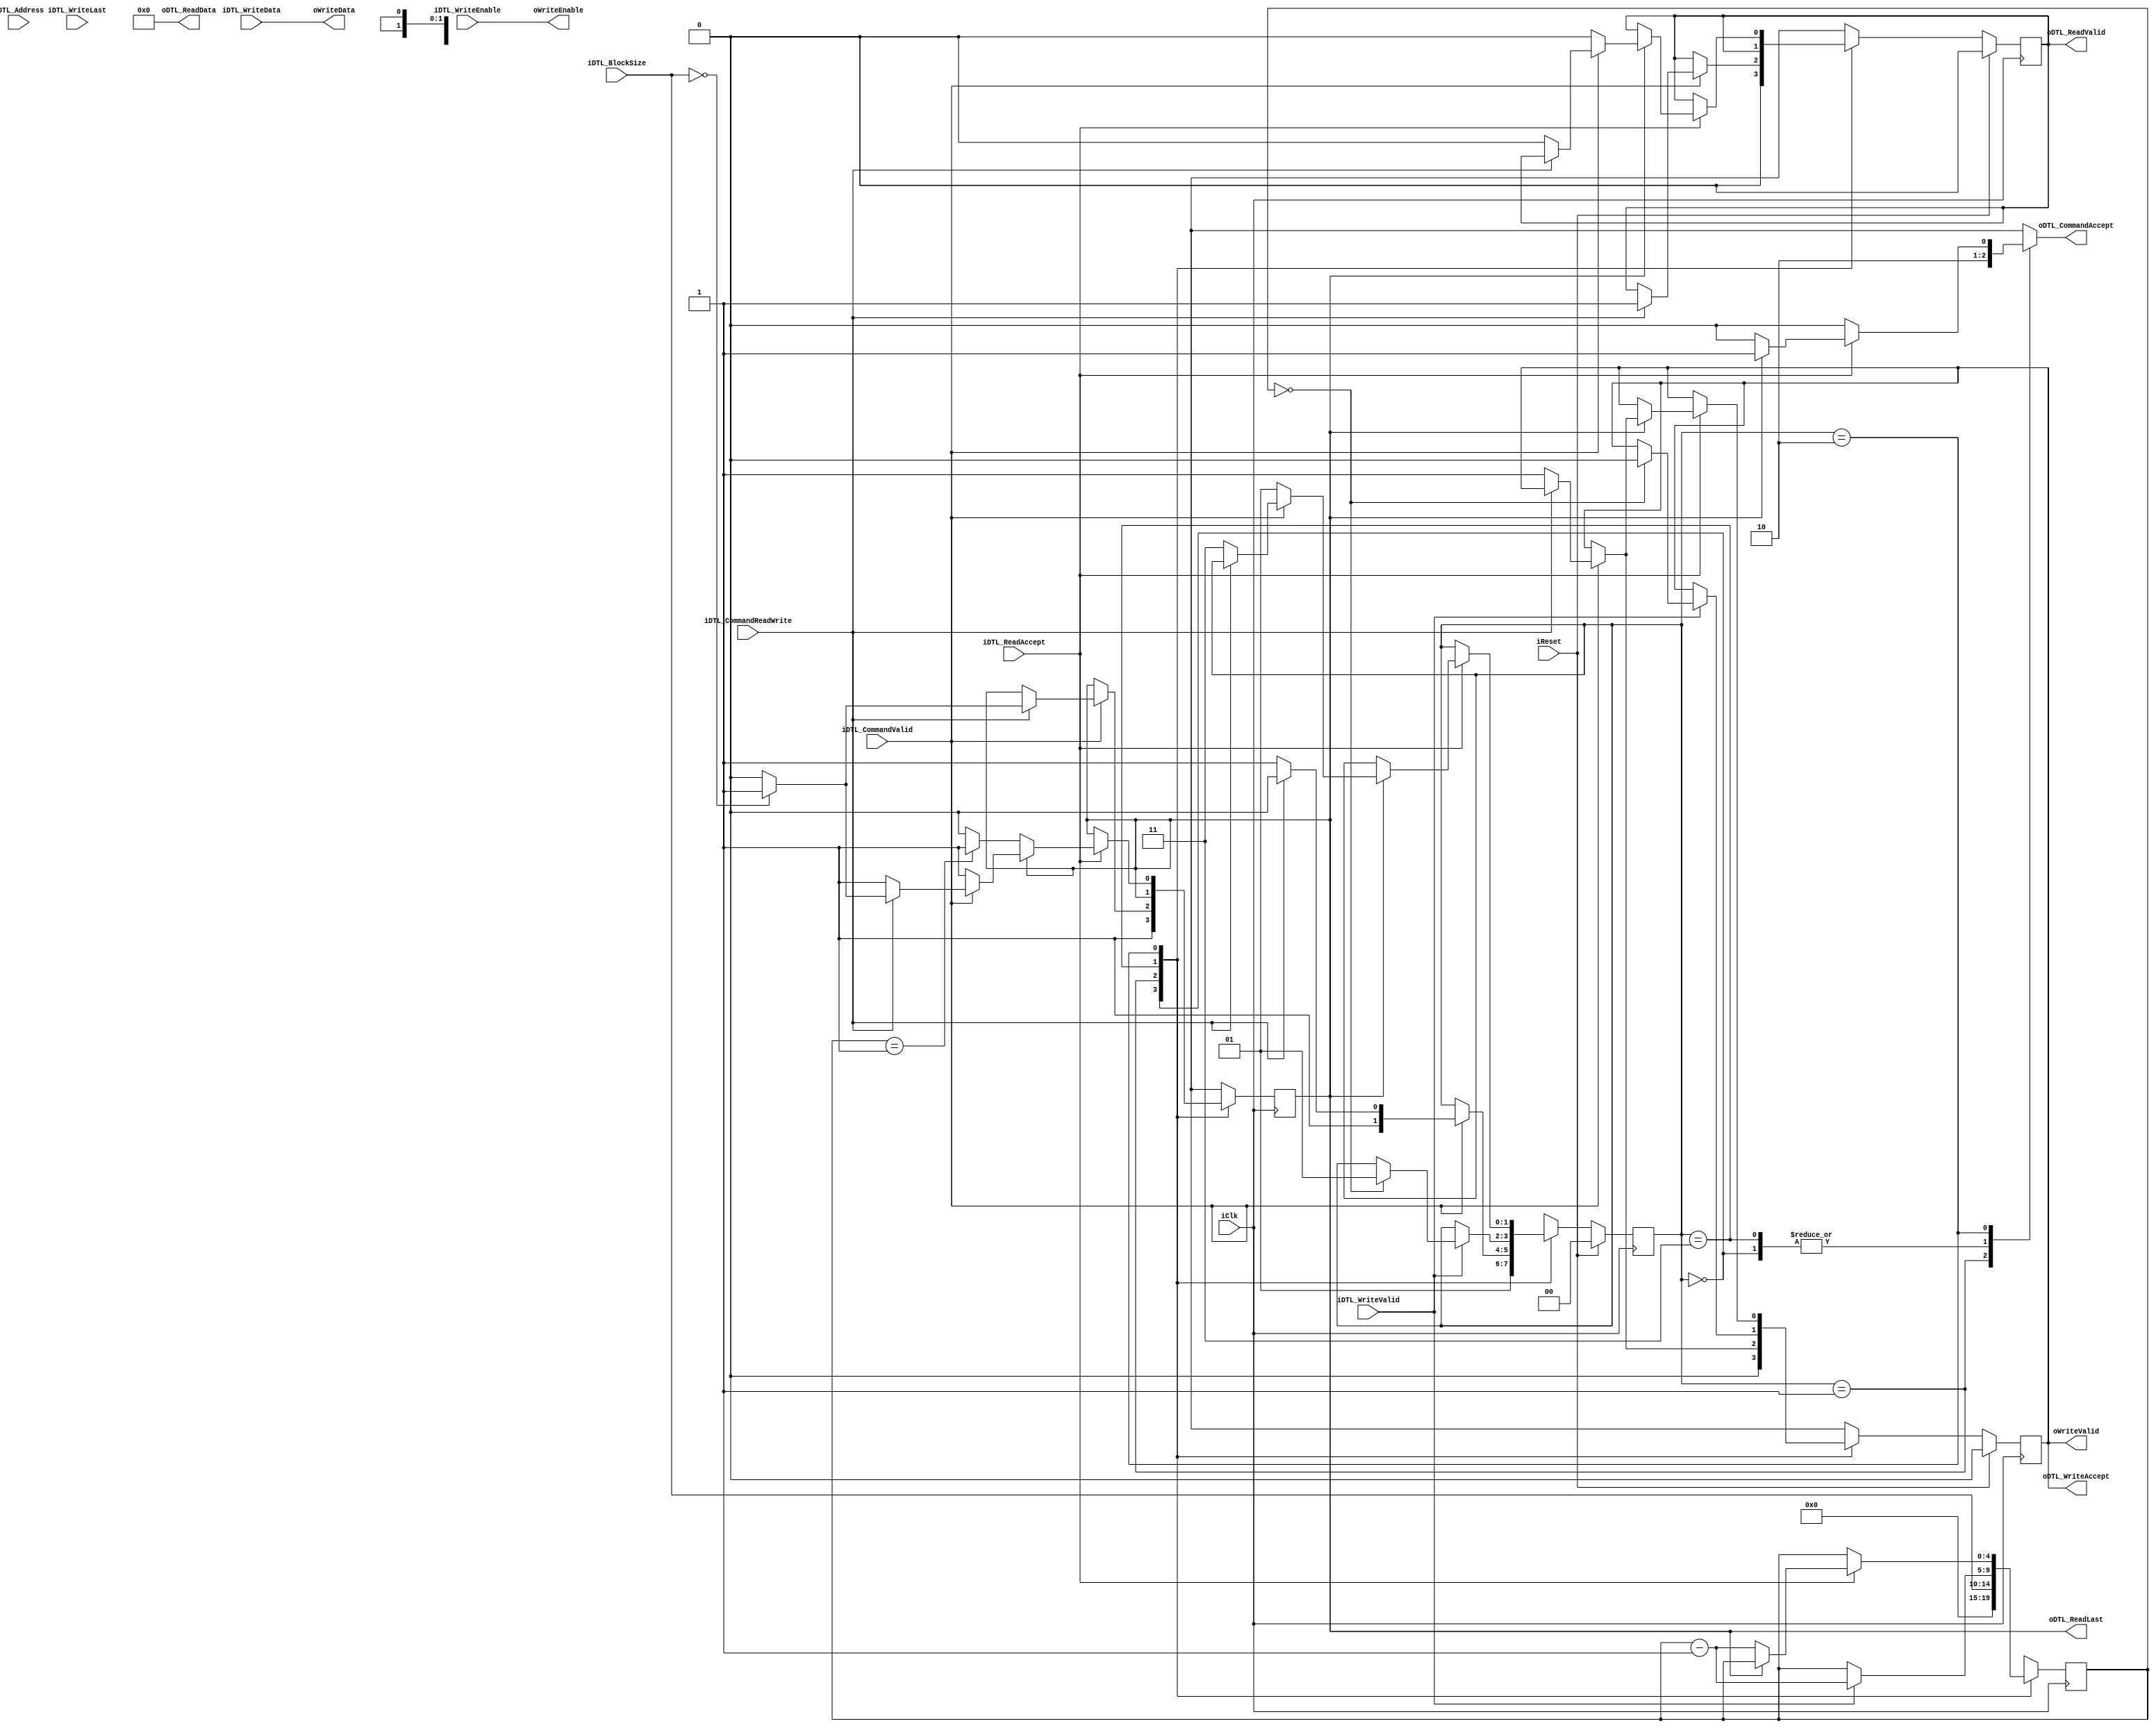
/********************************************************/
/*                      LICENSE:			*/
/*------------------------------------------------------*/
/* These files can be used for the Embedded Computer    */
/* Architecture course (5SIA0) at Eindhoven University  */
/* of technology. You are not allowed to distribute     */
/* these files to others.                               */
/* This header must be retained at all times		*/
/********************************************************/

module DTL_Console
#(			
	parameter INTERFACE_WIDTH = 32,
	parameter INTERFACE_ADDR_WIDTH = 32,		
	parameter INTERFACE_BLOCK_WIDTH = 5,
	parameter INTERFACE_NUM_ENABLES = INTERFACE_WIDTH/8,
	
	parameter TEST_ID = "0"	
)
(
	input iClk,
	input iReset,
	
	input iDTL_CommandValid,
	output oDTL_CommandAccept,
	input [INTERFACE_ADDR_WIDTH-1:0] iDTL_Address,
	input iDTL_CommandReadWrite,
	input [INTERFACE_BLOCK_WIDTH-1:0] iDTL_BlockSize,

	output oDTL_ReadValid,
	output oDTL_ReadLast,	
	input iDTL_ReadAccept,
	output [INTERFACE_WIDTH-1:0] oDTL_ReadData,
	
	input iDTL_WriteValid,		
	input iDTL_WriteLast,
	output oDTL_WriteAccept,	
	input [INTERFACE_NUM_ENABLES-1:0] iDTL_WriteEnable,	
	input [INTERFACE_WIDTH-1:0] iDTL_WriteData,
	
	output oWriteValid,
	output [INTERFACE_WIDTH-1:0] oWriteData,
	output [INTERFACE_NUM_ENABLES-1:0] oWriteEnable
		
);
	
	localparam FSM_WIDTH = 2;
	
	localparam FSM_STATE_RESET = 2'b00;
	localparam FSM_STATE_IDLE =  2'b01;
	localparam FSM_STATE_READ =  2'b10;
	localparam FSM_STATE_WRITE=  2'b11;
	
	reg [FSM_WIDTH-1:0] rState;
	reg [FSM_WIDTH-1:0] rState_nxt;
	
	reg rDTL_rd_last;
	reg rDTL_rd_last_nxt;
	
	reg rDTL_rd_valid;
	reg rDTL_rd_valid_nxt;
	
	reg rDTL_wr_accept;
	reg rDTL_wr_accept_nxt;
	
	reg rDTL_cmd_accept;
	
	reg [INTERFACE_NUM_ENABLES-1:0] rDTL_WriteEnable;
	
	reg [INTERFACE_ADDR_WIDTH-1:0] rAddr;
	reg [INTERFACE_ADDR_WIDTH-1:0] rAddr_nxt;
	
	reg [INTERFACE_BLOCK_WIDTH-1:0] rSize;
	reg [INTERFACE_BLOCK_WIDTH-1:0] rSize_nxt;
	
	assign oWriteValid = oDTL_WriteAccept;
	assign oWriteData = iDTL_WriteData;
	assign oWriteEnable = iDTL_WriteEnable;
	
	always @(posedge iClk)
	begin        
            rDTL_rd_last <= rDTL_rd_last_nxt;
            rAddr <= rAddr_nxt;				
            rSize <= rSize_nxt;
				
            if (iReset)
					begin
						 rState <= FSM_STATE_RESET;
						 rDTL_rd_valid  <= 0;
						 rDTL_wr_accept <= 0;						 
					 end
            else
					begin
						 rState <= rState_nxt;
						 rDTL_rd_valid  <= rDTL_rd_valid_nxt;
						 rDTL_wr_accept <= rDTL_wr_accept_nxt;
					end
        
	end
	
	always @(rState or iReset or rAddr or rSize or iDTL_Address or iDTL_BlockSize or iDTL_CommandValid or iDTL_CommandReadWrite or iDTL_WriteValid or iDTL_WriteEnable or iDTL_ReadAccept or rDTL_rd_last or rDTL_rd_valid or rDTL_wr_accept)
	begin
		case (rState)
			FSM_STATE_RESET:
				begin
					if (!iReset)
						rState_nxt <= FSM_STATE_IDLE;
					else
						rState_nxt <= FSM_STATE_RESET;
						
					rAddr_nxt <= 0;
					rSize_nxt <= 0;
					rDTL_rd_valid_nxt <= 1'b0;
					rDTL_wr_accept_nxt <= 1'b0;
					rDTL_rd_last_nxt <= 1'b1;	
					rDTL_cmd_accept <= 1'b0;
					rDTL_WriteEnable <= 0;
				end
			
			FSM_STATE_IDLE:
				begin
					rDTL_WriteEnable <= 0;
					rDTL_cmd_accept <= 1'b1;
					rAddr_nxt <= iDTL_Address[INTERFACE_ADDR_WIDTH-1:0];
					rSize_nxt <= iDTL_BlockSize[INTERFACE_BLOCK_WIDTH-1:0];
					               
               if(iDTL_CommandValid)
                   if (iDTL_CommandReadWrite) //read action
							begin
								rState_nxt <= FSM_STATE_READ;
								rDTL_rd_valid_nxt <= 1'b1;
								rDTL_wr_accept_nxt <= rDTL_wr_accept;
								
								if (iDTL_BlockSize == 0)
									rDTL_rd_last_nxt <= 1'b1;
								else
									rDTL_rd_last_nxt <= 1'b0;								
							end
                   else                      // write action
							begin
                       rState_nxt <= FSM_STATE_WRITE;
							  rDTL_rd_last_nxt <= rDTL_rd_last;
                       rDTL_wr_accept_nxt <= 1'b1;
							  rDTL_rd_valid_nxt <= rDTL_rd_valid;
							end
					else
						begin
							rState_nxt <= rState;
							rDTL_rd_valid_nxt <= rDTL_rd_valid;
							rDTL_wr_accept_nxt <= rDTL_wr_accept;
							rDTL_rd_last_nxt <= rDTL_rd_last;
						end
				end
				
			FSM_STATE_WRITE:
				begin
					 rDTL_cmd_accept <= 1'b0;
					 rDTL_rd_valid_nxt <= rDTL_rd_valid;
					 rDTL_rd_last_nxt <= rDTL_rd_last;
					 
					 if (iDTL_WriteValid) // handle the write
						begin
							 rDTL_WriteEnable <= iDTL_WriteEnable;
							 							 
							 if (rSize==0)
								begin
									rState_nxt <= FSM_STATE_IDLE;
									rDTL_wr_accept_nxt <= 1'b0;									
								end
							 else
								begin
									rState_nxt <= rState;
									rDTL_wr_accept_nxt <= rDTL_wr_accept;
								end
								
							 rSize_nxt <= rSize-1'd1;
							 rAddr_nxt <= rAddr+4; //apparently assuming a byte addressed memory
						end
					else
						begin
							rDTL_wr_accept_nxt <= rDTL_wr_accept;
							rState_nxt <= rState;
							rSize_nxt <= rSize;
							rAddr_nxt <= rAddr;
						end
				end
				
			FSM_STATE_READ:
				begin
				   
					if (iDTL_ReadAccept)		//handle the read
						if (rDTL_rd_last)						
							begin								
								rDTL_cmd_accept <= 1'b1;
								rAddr_nxt <= rAddr[INTERFACE_WIDTH-1:0];								
								rSize_nxt <= rSize[INTERFACE_BLOCK_WIDTH-1:0];
								
								if (iDTL_CommandValid) // There is a next action
									 if (iDTL_CommandReadWrite) // read action	
										begin
											rDTL_rd_valid_nxt <= rDTL_rd_valid;
											rDTL_wr_accept_nxt <= rDTL_wr_accept;
											
											// Remain in the read state, so rd_valid remains high.
											if (iDTL_BlockSize==0)
												begin
													rState_nxt <= rState;
													rDTL_rd_last_nxt <= 1'b1;
												end
											else
												begin
													rState_nxt <= rState;
													rDTL_rd_last_nxt <= 1'b0;										  
												end
										end
									 else            // write action
										begin
										  rState_nxt <= FSM_STATE_WRITE;
										  rDTL_rd_valid_nxt <= 1'b0;
										  rDTL_wr_accept_nxt <= 1'b1;
										  rDTL_rd_last_nxt <= rDTL_rd_last;
										end									 
								else
									 begin
									 	  rState_nxt <= FSM_STATE_IDLE;										  
										  rDTL_rd_valid_nxt <= 1'b0;
										  rDTL_wr_accept_nxt <= rDTL_wr_accept;
										  rDTL_rd_last_nxt <= rDTL_rd_last;
									 end
						  end
						else
							begin
								rState_nxt <= rState;
								rDTL_rd_valid_nxt <= rDTL_rd_valid;
								rDTL_wr_accept_nxt <= rDTL_wr_accept;
								
								rDTL_cmd_accept <= 1'b0;
								// Go to next word
								if (rSize == 1)
									 rDTL_rd_last_nxt <= 1'b1;
								else
									 rDTL_rd_last_nxt <= 1'b0;
								
								rSize_nxt <= rSize-1'd1;
								rAddr_nxt <= rAddr+4; //apparently assuming a byte addressed memory								
							end	
					else
						begin						
							rState_nxt <= rState;
							rAddr_nxt <= rAddr;
							rSize_nxt <= rSize;
							rDTL_rd_valid_nxt <= rDTL_rd_valid;
							rDTL_wr_accept_nxt <= rDTL_wr_accept;
							rDTL_rd_last_nxt <= rDTL_rd_last;
							rDTL_cmd_accept <= 1'b0;	
						end
			end
		endcase
	end
			
	assign oDTL_CommandAccept = rDTL_cmd_accept;
	assign oDTL_ReadValid = rDTL_rd_valid;
	assign oDTL_ReadLast = rDTL_rd_last;
	assign oDTL_ReadData = 0;
	
	assign oDTL_WriteAccept = rDTL_wr_accept;	
	
/*
	// FOR SIMULATION/UNIT TESTING ONLY, SHOULD NOT BE SYNTHESIZED --------------------------------------
	
	// synthesis translate_off
	integer f;
	integer x;
	
	initial begin
	  f = $fopen({"CONSOLE_",TEST_ID,".txt"},"w");
	  $fwrite(f,"output:\n");		
		
	  @(negedge iReset); //Wait for reset to be released
	  
	  forever
	  begin
		  @(posedge iClk)
		  begin		
				if (oWriteValid)
					begin
						$fwrite(f,"%x\n", oWriteData);			 								
						$display("CONSOLE: %x",oWriteData);
					end
		  end		
	  end

	  $fclose(f);  
	end
	
	// synthesis translate_on	
	//	--------------------------------------------------------------------------------------------------				
*/
endmodule